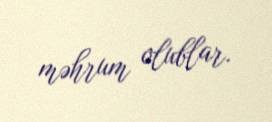
məhrum olublar.